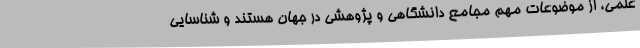
علمی، از موضوعات مهم مجامع دانشگاهی و پژوهشی در جهان هستند و شناسایی